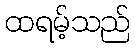
ထရမ့်သည်